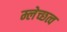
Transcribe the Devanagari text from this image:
म्लेच्छत्व